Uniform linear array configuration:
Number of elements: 12
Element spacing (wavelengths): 0.25
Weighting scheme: cosine
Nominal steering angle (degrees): -15
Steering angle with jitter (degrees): -14.182
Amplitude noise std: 0.05
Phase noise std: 0.05

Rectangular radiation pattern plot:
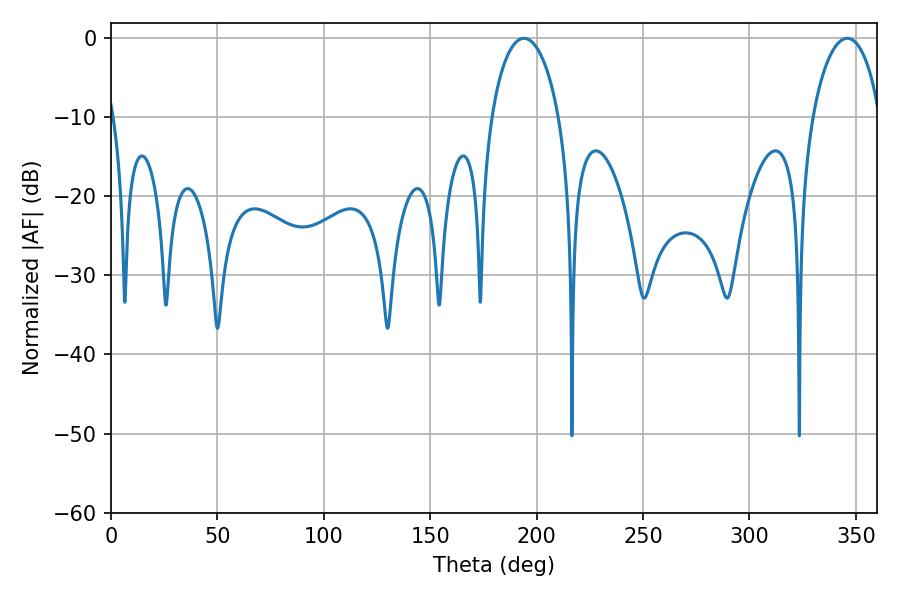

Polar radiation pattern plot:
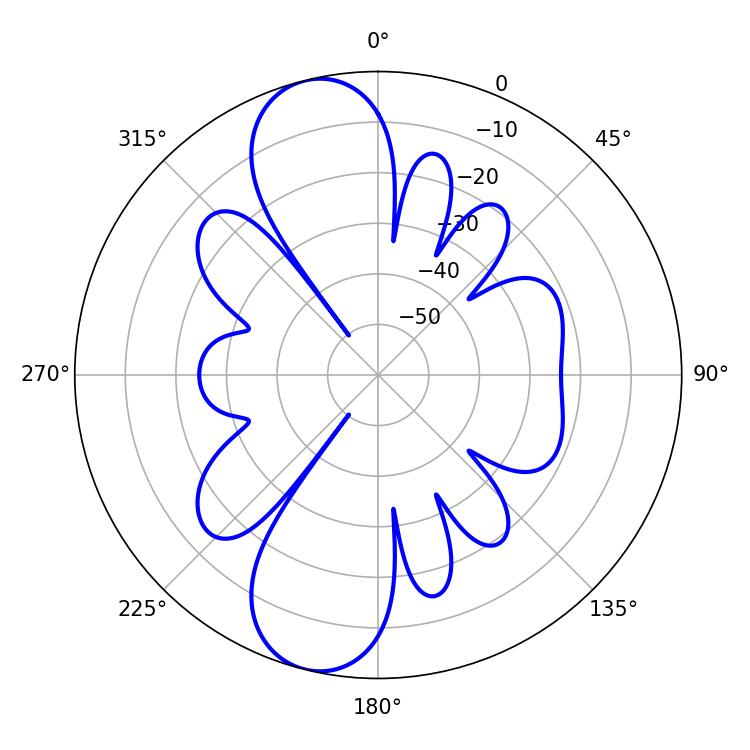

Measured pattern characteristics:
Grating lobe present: FALSE
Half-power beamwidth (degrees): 18.18
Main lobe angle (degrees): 194.04